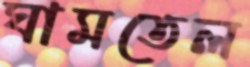
ঘামতেল